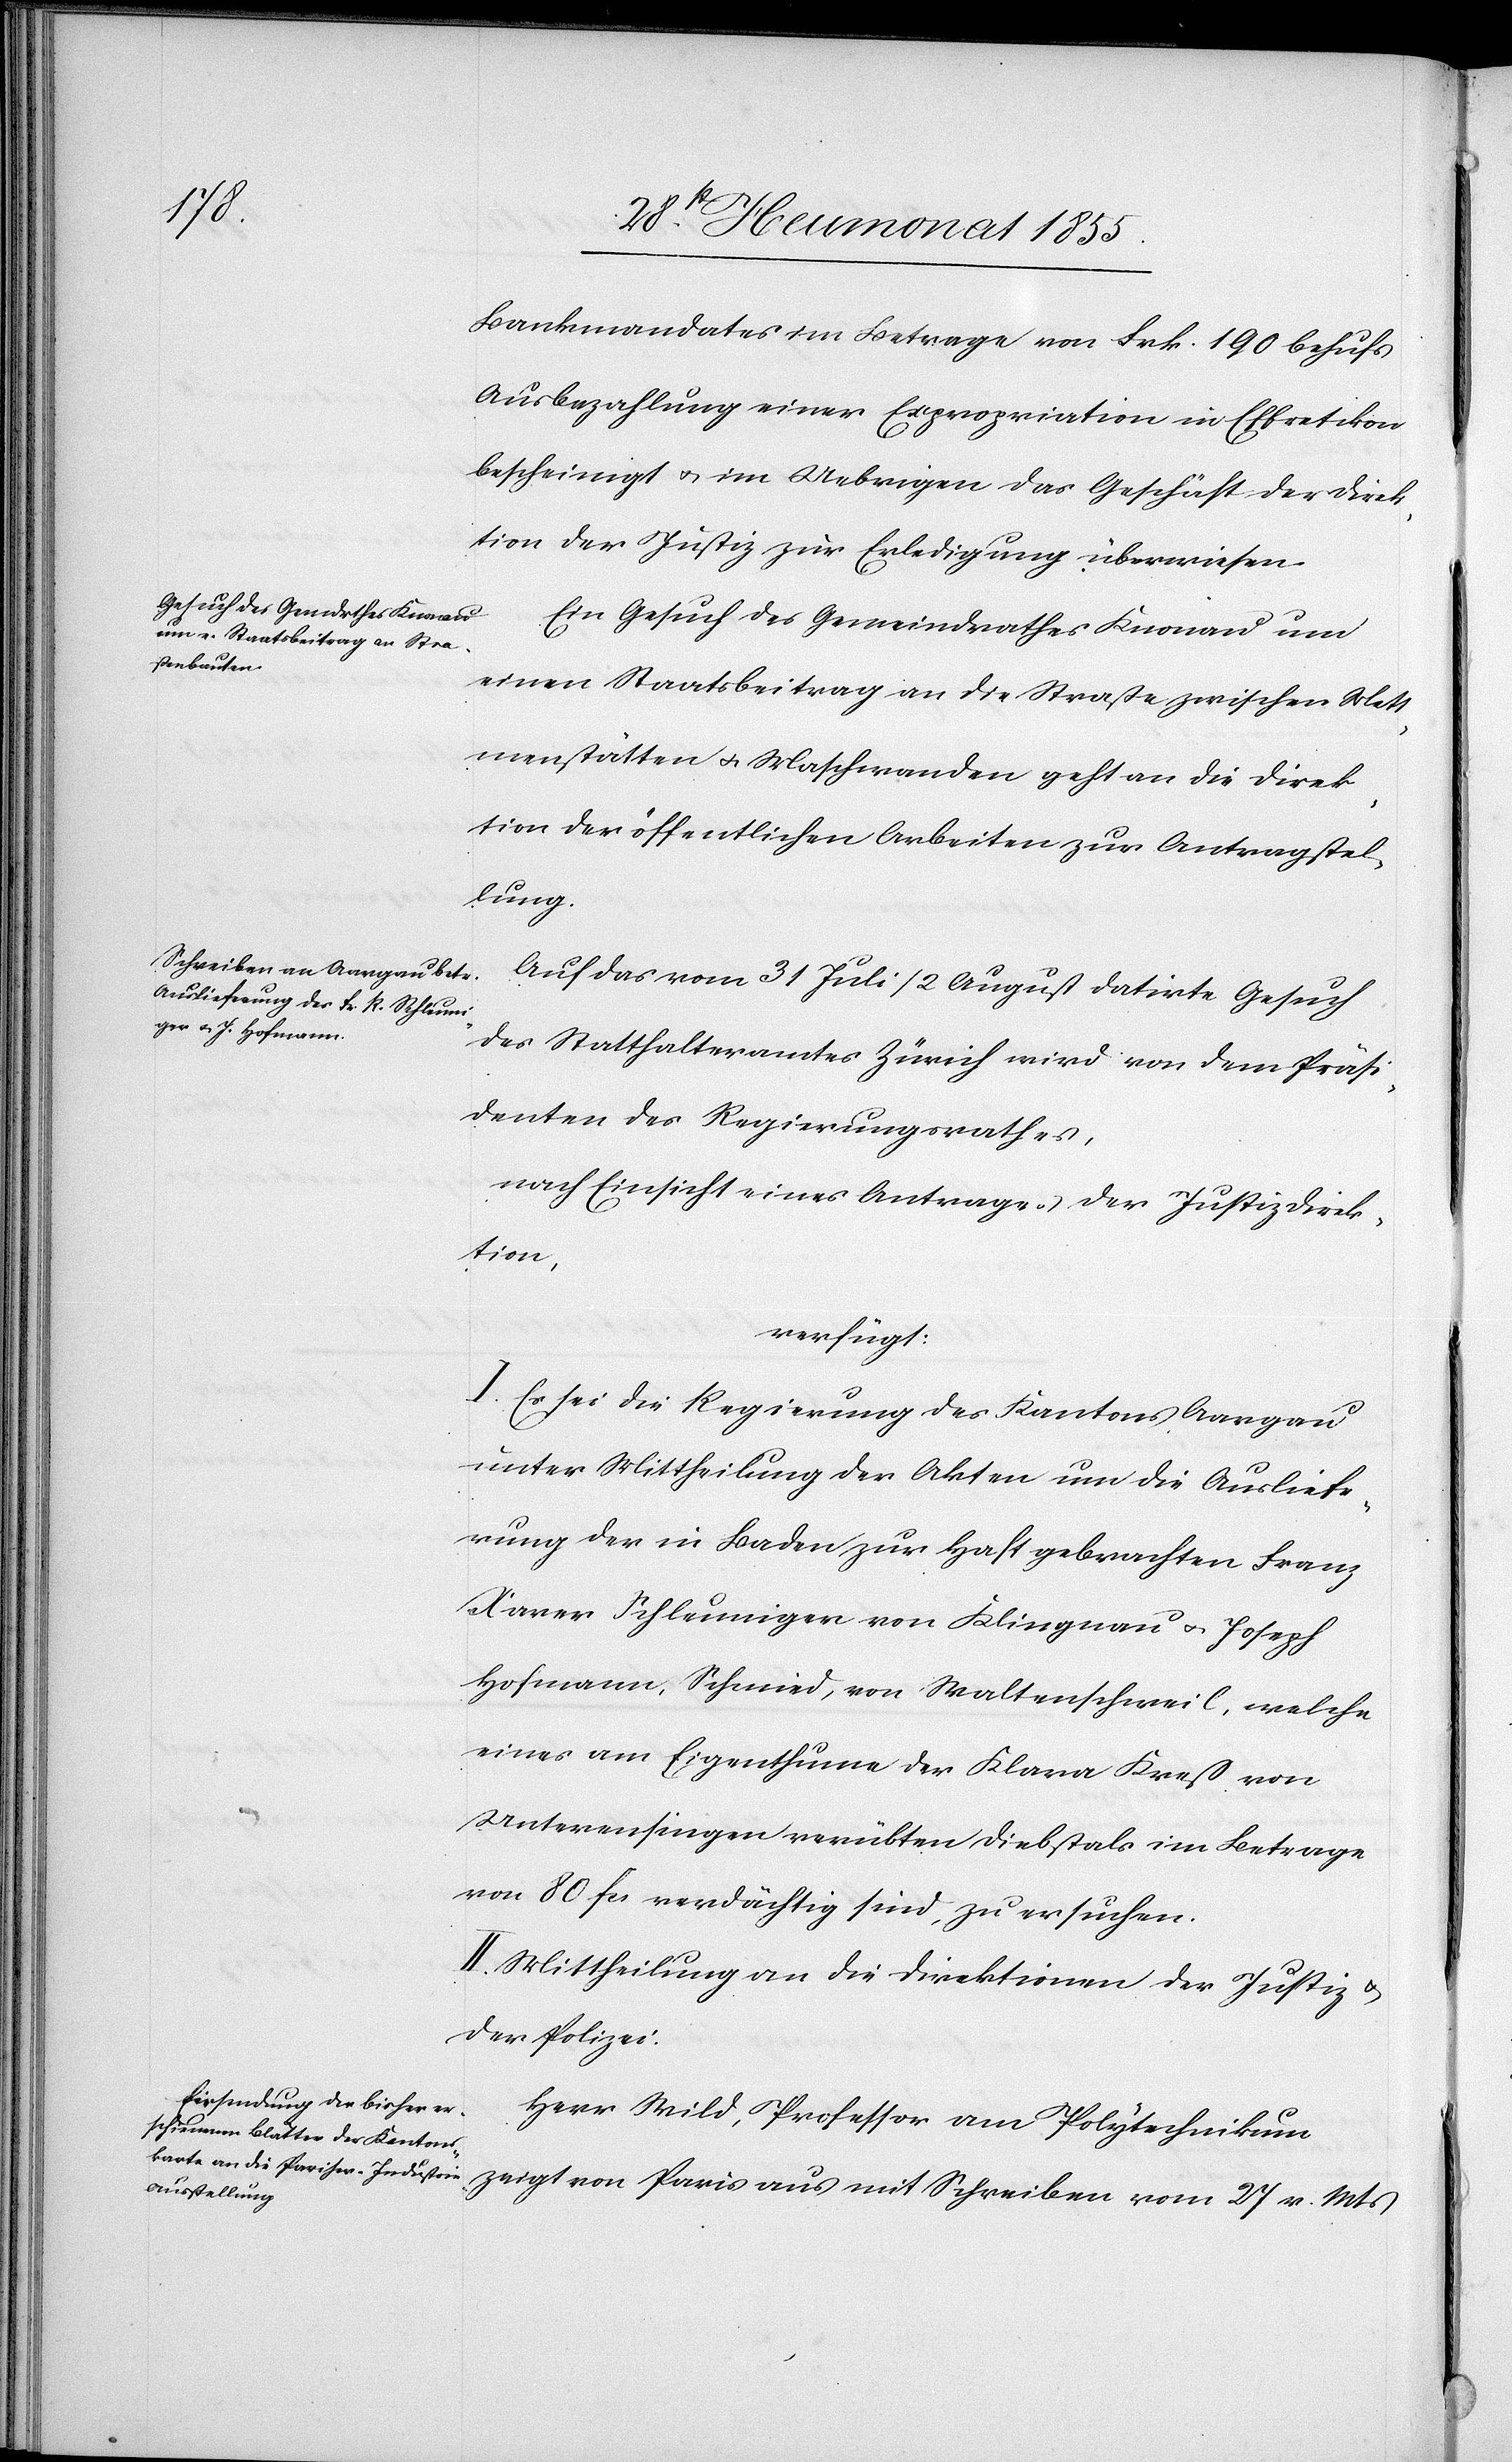
2 Augstmonat 1855.]
Bankmandates im Betrage von Frk. 190 behufs
Ausbezahlung einer Expropriation in Effretikon
bescheinigt & im Uebrigen das Geschäft der Direk¬
tion der Justiz zur Erledigung überwiesen.
Ein Gesuch des Gemeindrathes Knonau um
einen Staatsbeitrag an die Straße zwischen Mett¬
menstätten & Maschwanden geht an die Direk¬
tion der öffentlichen Arbeiten zur Antragstel¬
lung.
Auf das vom 31 Juli / 2 August datirte Gesuch
des Statthalteramtes Zürich wird von dem Präsi¬
denten des Regierungsrathes,
nach Einsicht eines Antrages der Justizdirek¬
tion,
verfügt:
I. Es sei die Regierung des Kantons Aargau
unter Mittheilung der Akten um die Ausliefe¬
rung der in Baden zur Haft gebrachten Franz
Xaver Schleuniger von Klingnau & Joseph
Hofmann, Schmied, von Waltenschweil, welche
eines am Eigenthume der Klara Kreß von
Unterensingen verübten Diebstals im Betrage
von 80 Fcs verdächtig sind, zu ersuchen.
II. Mittheilung an die Direktionen der Justiz &
der Polizei.
Herr Wild, Professor am Polytechnikum
zeigt von Paris aus mit Schreiben vom 27 v. Mts